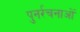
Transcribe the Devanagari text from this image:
पुनर्रचनाओं